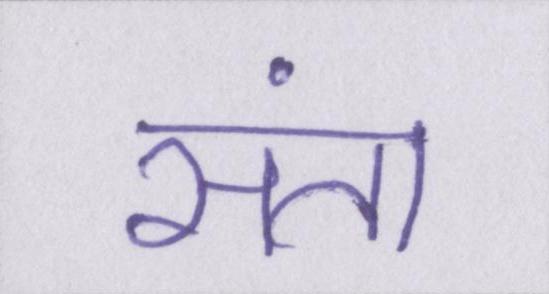
संता